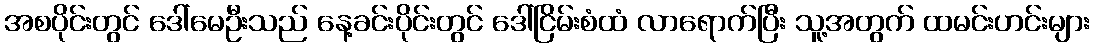
အစပိုင်းတွင် ဒေါ်မေဦးသည် နေ့ခင်းပိုင်းတွင် ဒေါ်ငြိမ်းစံထံ လာရောက်ပြီး သူ့အတွက် ထမင်းဟင်းများ